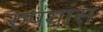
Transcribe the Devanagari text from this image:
रुपयांस